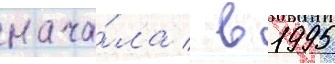
нача́ла / в 1995